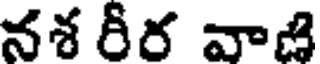
నశ రీర వాజి